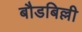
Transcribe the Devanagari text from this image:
बौडबिल्ली